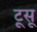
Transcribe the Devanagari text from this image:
टूसू